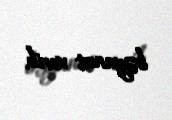
bəyanat verib.